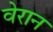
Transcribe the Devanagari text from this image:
वेरान